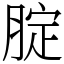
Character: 腚